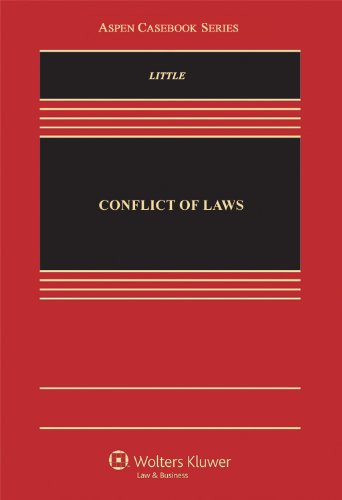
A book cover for Conflict of Laws: Cases, Materials, and Problems (Aspen Casebook) (Aspen Casebooks); Laura E. Little; Law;